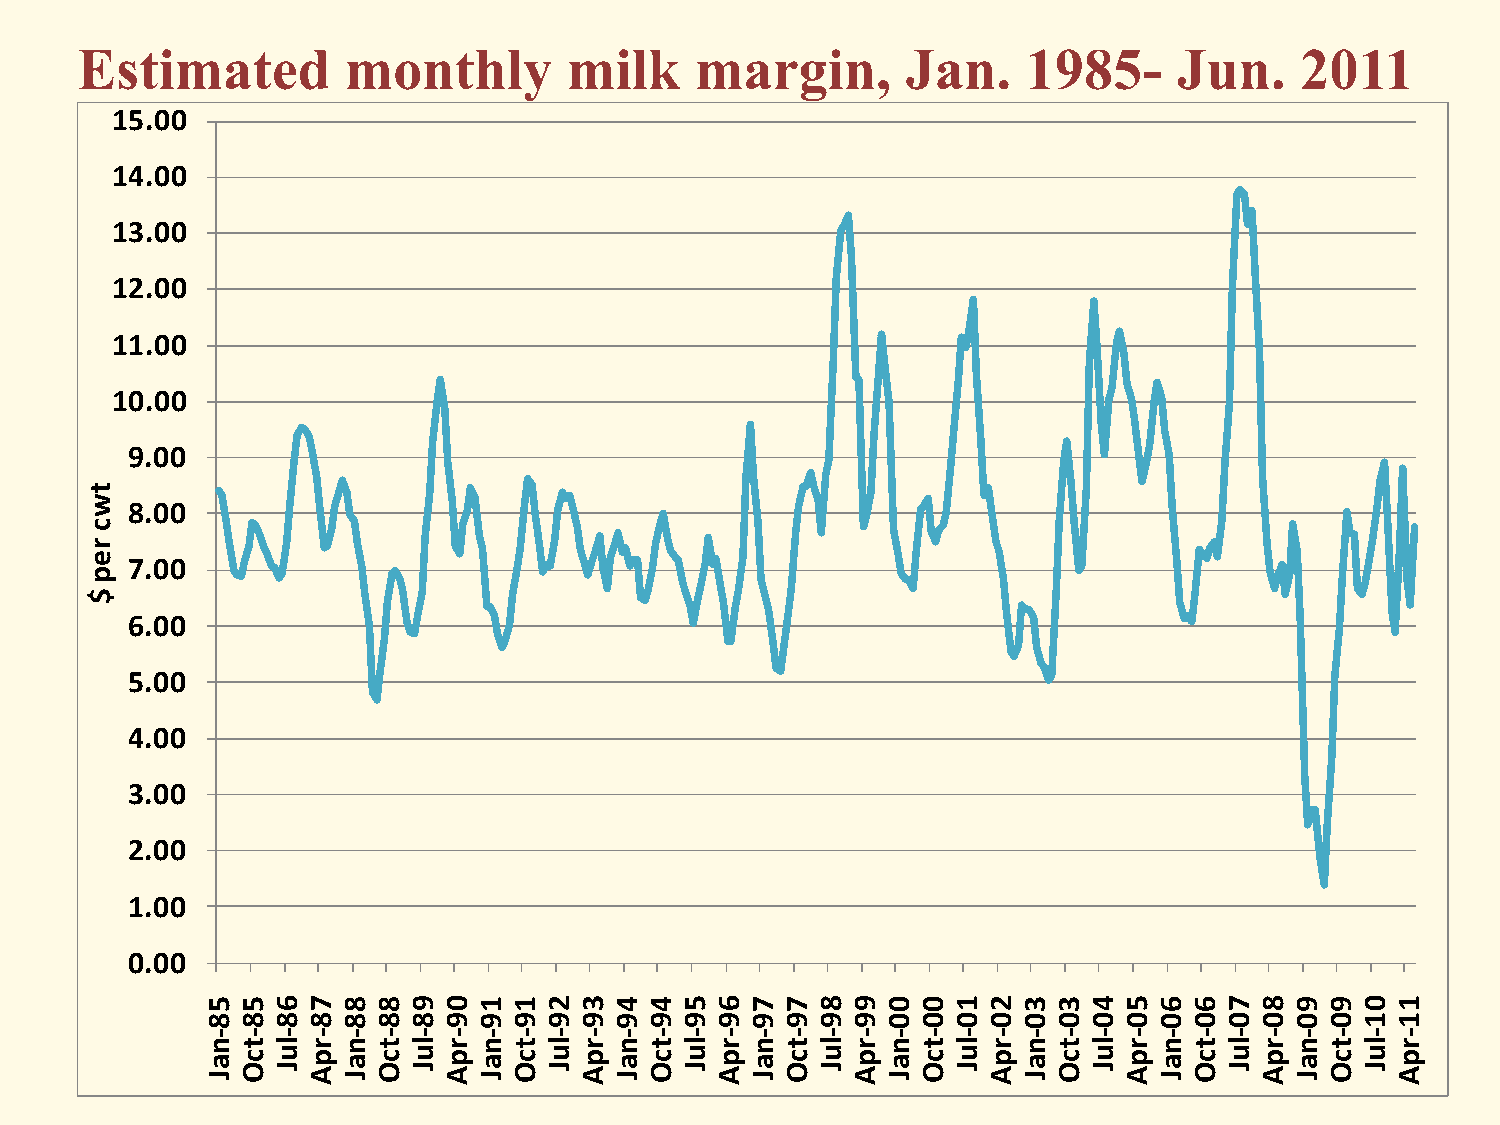
Estimated         monthly        milk    margin,       Jan.    1985-     Jun.    2011
 15.00
 14.00
 13.00
 12.00
 11.00
 10.00
 9.00
 t
 w 8.00
 c
 r
 e
 7.00
 p
 $
 6.00
 5.00
 4.00
 3.00
 2.00
 1.00
 0.00
 556788901123445677890012334566789901
 888888899999999999990000000000000011
 ------------------------------------
 n at cl ur pn at cl ur pn at cl ur pn at cl ur pn at cl ur pn at cl ur pn at cl ur pn at cl ur pn at cl ur
 p
 JOJAJOJAJOJAJOJAJOJAJOJAJOJAJOJAJOJA